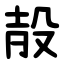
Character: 㱿